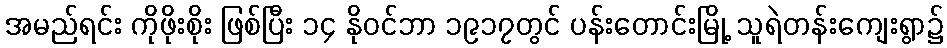
အမည်ရင်း ကိုဖိုးစိုး ဖြစ်ပြီး ၁၄ နိုဝင်ဘာ ၁၉၁၇တွင် ပန်းတောင်းမြို့ သူရဲတန်းကျေးရွာ၌